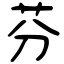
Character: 芬